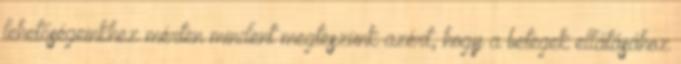
lehetőségeinkhez mérten mindent megteszünk azért, hogy a betegek ellátásához